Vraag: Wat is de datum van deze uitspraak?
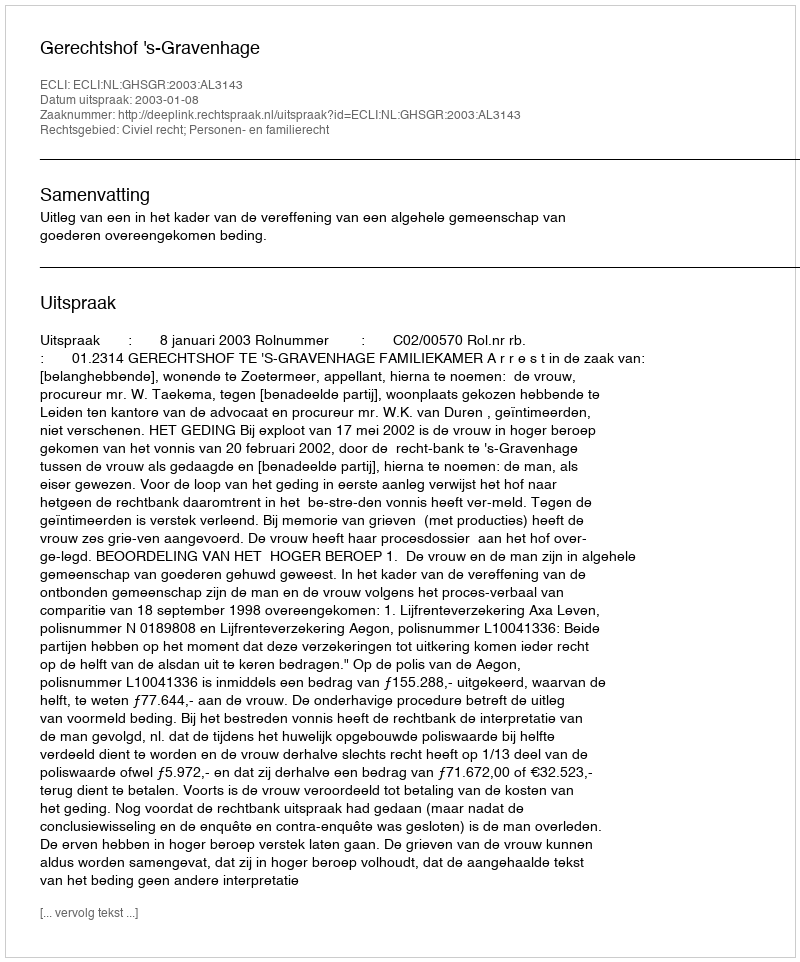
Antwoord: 2003-01-08